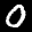
Label: 0